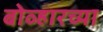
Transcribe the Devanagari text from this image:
बोव्हारच्या